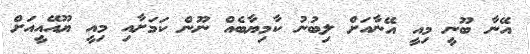
އޭނާ ބޫނީ މިއީ އޭނާއަށް ލިބުނު ކާމިޔާބެއް ނޫން ކަމަށާއި މިއީ ޔޫއޭއީއަށް